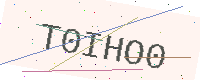
Text: T0IHO0